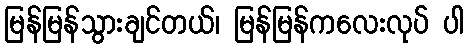
မြန်မြန်သွားချင်တယ်၊ မြန်မြန်ကလေးလုပ် ပါ